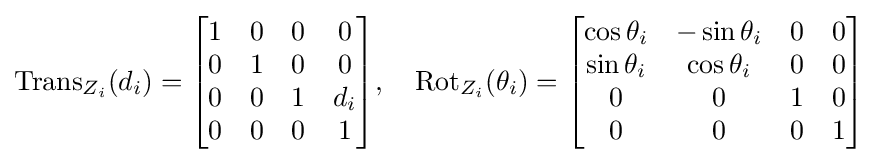
\operatorname {Trans} _{Z_{i}}(d_{i})={\begin{bmatrix}1&0&0&0\\0&1&0&0\\0&0&1&d_{i}\\0&0&0&1\end{bmatrix}},\quad \operatorname {Rot} _{Z_{i}}(\theta _{i})={\begin{bmatrix}\cos \theta _{i}&-\sin \theta _{i}&0&0\\\sin \theta _{i}&\cos \theta _{i}&0&0\\0&0&1&0\\0&0&0&1\end{bmatrix}}